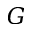
G